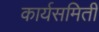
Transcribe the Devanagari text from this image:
कार्यसमिती